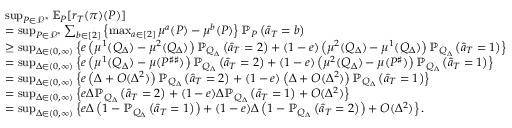
\begin{array} { r l } & { \operatorname* { s u p } _ { P \in \mathcal { P } ^ { * } } \mathbb { E } _ { P } [ r _ { T } ( \pi ) ( P ) ] } \\ & { = \operatorname* { s u p } _ { P \in \mathcal { P } ^ { * } } \sum _ { b \in [ 2 ] } \left\{ \operatorname* { m a x } _ { a \in [ 2 ] } \mu ^ { a } ( P ) - \mu ^ { b } ( P ) \right\} \mathbb { P } _ { P } \left( \widehat { a } _ { T } = b \right) } \\ & { \geq \operatorname* { s u p } _ { \Delta \in ( 0 , \infty ) } \left\{ e \left( \mu ^ { 1 } ( Q _ { \Delta } ) - \mu ^ { 2 } ( Q _ { \Delta } ) \right) \mathbb { P } _ { Q _ { \Delta } } \left( \widehat { a } _ { T } = 2 \right) + ( 1 - e ) \left( \mu ^ { 2 } ( Q _ { \Delta } ) - \mu ^ { 1 } ( Q _ { \Delta } ) \right) \mathbb { P } _ { Q _ { \Delta } } \left( \widehat { a } _ { T } = 1 \right) \right\} } \\ & { = \operatorname* { s u p } _ { \Delta \in ( 0 , \infty ) } \left\{ e \left( \mu ^ { 1 } ( Q _ { \Delta } ) - \mu ( P ^ { \sharp \sharp } ) \right) \mathbb { P } _ { Q _ { \Delta } } \left( \widehat { a } _ { T } = 2 \right) + ( 1 - e ) \left( \mu ^ { 2 } ( Q _ { \Delta } ) - \mu ( P ^ { \sharp } ) \right) \mathbb { P } _ { Q _ { \Delta } } \left( \widehat { a } _ { T } = 1 \right) \right\} } \\ & { = \operatorname* { s u p } _ { \Delta \in ( 0 , \infty ) } \left\{ e \left( \Delta + O ( \Delta ^ { 2 } ) \right) \mathbb { P } _ { Q _ { \Delta } } \left( \widehat { a } _ { T } = 2 \right) + ( 1 - e ) \left( \Delta + O ( \Delta ^ { 2 } ) \right) \mathbb { P } _ { Q _ { \Delta } } \left( \widehat { a } _ { T } = 1 \right) \right\} } \\ & { = \operatorname* { s u p } _ { \Delta \in ( 0 , \infty ) } \left\{ e \Delta \mathbb { P } _ { Q _ { \Delta } } \left( \widehat { a } _ { T } = 2 \right) + ( 1 - e ) \Delta \mathbb { P } _ { Q _ { \Delta } } \left( \widehat { a } _ { T } = 1 \right) + O ( \Delta ^ { 2 } ) \right\} } \\ & { = \operatorname* { s u p } _ { \Delta \in ( 0 , \infty ) } \left\{ e \Delta \left( 1 - \mathbb { P } _ { Q _ { \Delta } } \left( \widehat { a } _ { T } = 1 \right) \right) + ( 1 - e ) \Delta \left( 1 - \mathbb { P } _ { Q _ { \Delta } } \left( \widehat { a } _ { T } = 2 \right) \right) + O ( \Delta ^ { 2 } ) \right\} . } \end{array}